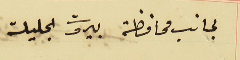
لجانب محافظة بيروت الجليلة